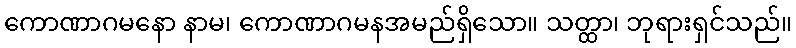
ကောဏာဂမနော နာမ၊ ကောဏာဂမနအမည်ရှိသော။ သတ္ထာ၊ ဘုရားရှင်သည်။